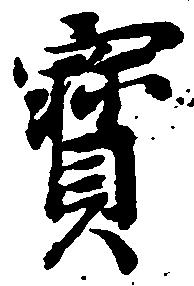
宝